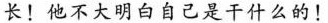
长!他不大明白自己是干什么的！